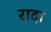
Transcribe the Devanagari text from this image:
रादा